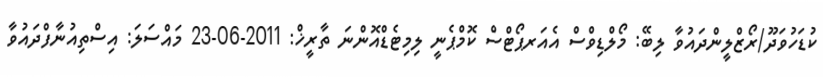
ކުޑަހުވަދޫ/ރޯޒްލީންދައުވާ ލިބޭ: މޯލްޑިވްސް އެއަރޕޯޓްސް ކޮމްޕެނީ ލިމިޓެޑްއޮންނަ ތާރީޚް: 2011-06-23 މައްސަލަ: އިސްތިއުނާފްދައުވާ